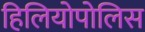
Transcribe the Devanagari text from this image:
हिलियोपोलिस